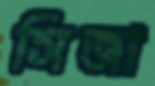
সিজা